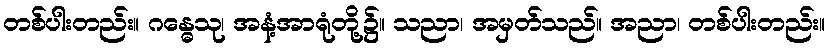
တစ်ပါးတည်း။ ဂန္ဓေသု၊ အနံ့အာရုံတို့၌။ သညာ၊ အမှတ်သည်။ အညာ၊ တစ်ပါးတည်း။